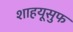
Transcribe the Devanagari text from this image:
शाहयूसुफ